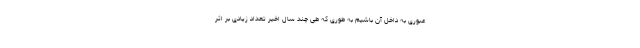
عبوری به داخل آن باشیم به طوری که طی چند سال اخیر تعداد زیادی بر اثر